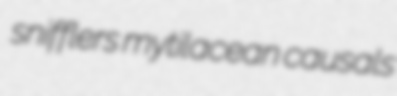
snifflers mytilacean causals